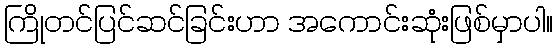
ကြိုတင်ပြင်ဆင်ခြင်းဟာ အကောင်းဆုံးဖြစ်မှာပါ။